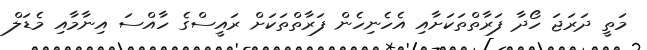
މަތީ ދަރަޖަ ހޯދާ ފަރާތްތަކަށާއި އެހެނިހެން ފަރާތްތަކަށް ރައީސްގެ ހާއްސަ އިނާމާއި މެޑަލް